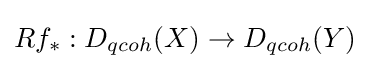
Rf_{*}:D_{qcoh}(X)\to D_{qcoh}(Y)